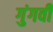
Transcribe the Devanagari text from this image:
गुंगवीं